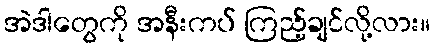
အဲဒါတွေကို အနီးကပ် ကြည့်ချင်လို့လား။